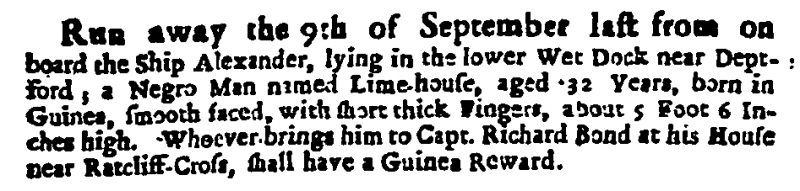
Daily Courant, 2 October 1711 (England)
Run away the 9th of September last from on board the Ship Alexander, lying in the lower Wet Dock near Deptford; a Negro Man named Lime-house, aged 32 Years, born in Guinea, smooth faced, with short thick Fingers, about 5 Foot 6 Inches high. Whoever brings him to Capt. Richard Bond at his House near Ratcliff-Cross, shall have a Guinea Reward.